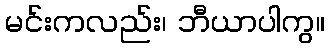
မင်းကလည်း၊ ဘီယာပါကွ။